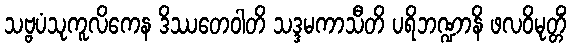
သဗ္ဗပံသုကူလိကေန ဒိဿတေဝါတိ သဒ္ဒမကာသီတိ ပရိဘဏ္ဍာနိ ဖလဝိမုတ္တိံ